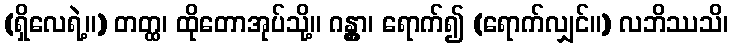
(ရှိလေရဲ့။) တတ္ထ၊ ထိုတောအုပ်သို့။ ဂန္တွာ၊ ရောက်၍ (ရောက်လျှင်။) လဘိဿသိ၊